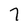
Character: 7